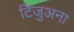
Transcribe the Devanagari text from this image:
टिजुअना